Report on horse surra - Volume II, Part II
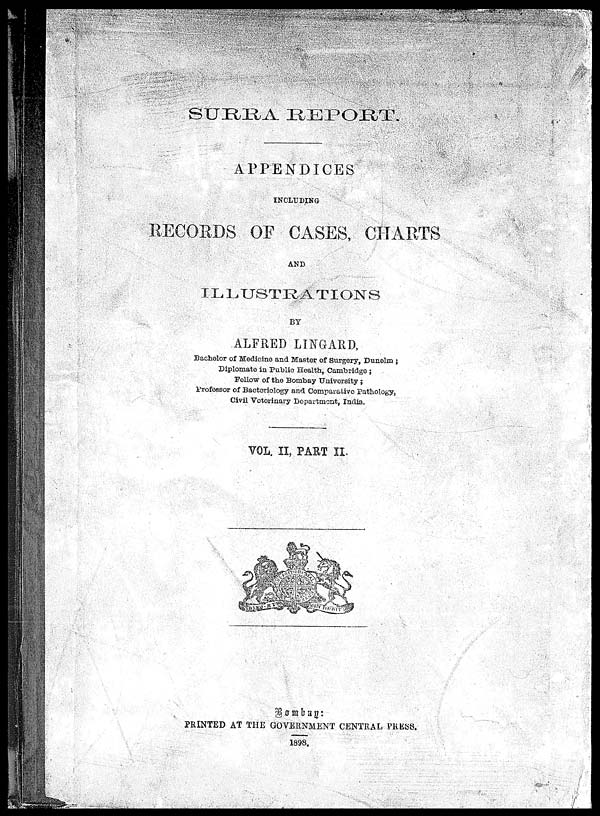
SURRA
REPORT
APPENDICES
INCLUDING
RECORDS OF CASES CHARTS
AND
ILLUSTRATIONS
BY
ALFRED LINGARD,
Bachelor of Medicine and Master of Surgery, Dunelm :
Diplomate in. Public Health, Cambridge 5
Fellow of the Bombay University :
Professor of Bacteriology and Comparative Pathology,
Civil Veterinary Dopartmont, India-
VOL. II, PART II.
Bombay :
PRINTED AT THE GOVERNMENT CENTRAL PRESS
1898.